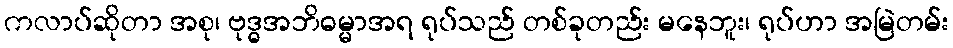
ကလာပ်ဆိုတာ အစု၊ ဗုဒ္ဓအဘိဓမ္မာအရ ရုပ်သည် တစ်ခုတည်း မနေဘူး၊ ရုပ်ဟာ အမြဲတမ်း